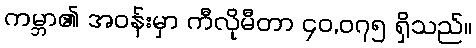
ကမ္ဘာ၏ အဝန်းမှာ ကီလိုမီတာ ၄၀,၀၇၅ ရှိသည်။